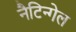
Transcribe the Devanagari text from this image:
नैटिन्गेल